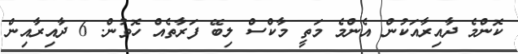
ކޮންމެ ދާއިރާއަކުން އެންމެ މަތީ މާކްސް ލިބޭ ފަރާތެއް ހޮވުން. 6 ދާއިރާއިން